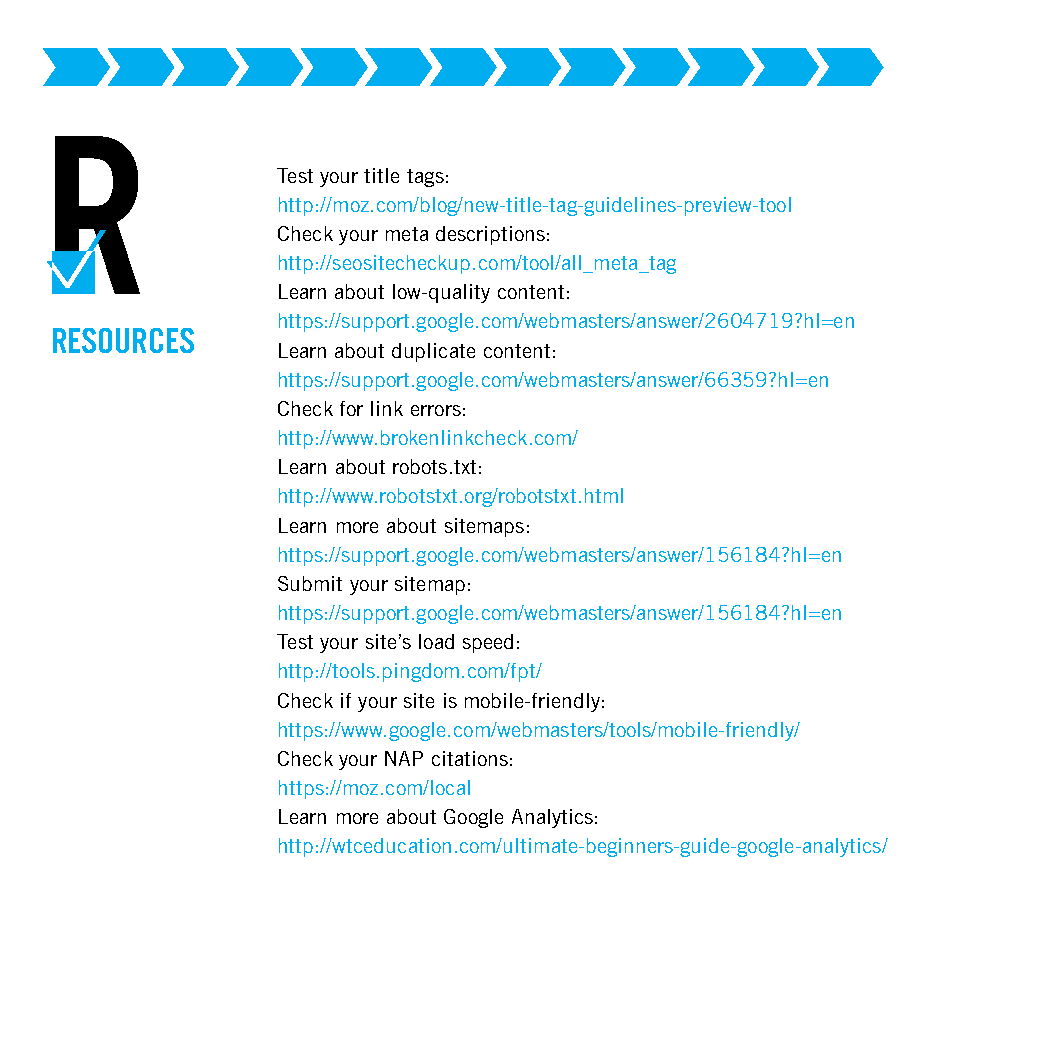
R
 Test your title tags:
 http://moz.com/blog/new-title-tag-guidelines-preview-tool
 Check your meta descriptions:
 http://seositecheckup.com/tool/all_meta_tag
 Learn about low-quality content:
 https://support.google.com/webmasters/answer/2604719?hl=en
 RESOURCES
 Learn about duplicate content:
 https://support.google.com/webmasters/answer/66359?hl=en
 Check for link errors:
 http://www.brokenlinkcheck.com/
 Learn about robots.txt:
 http://www.robotstxt.org/robotstxt.html
 Learn more about sitemaps:
 https://support.google.com/webmasters/answer/156184?hl=en
 Submit your sitemap:
 https://support.google.com/webmasters/answer/156184?hl=en
 Test your site’s load speed:
 http://tools.pingdom.com/fpt/
 Check if your site is mobile-friendly:
 https://www.google.com/webmasters/tools/mobile-friendly/
 Check your NAP citations:
 https://moz.com/local
 Learn more about Google Analytics:
 http://wtceducation.com/ultimate-beginners-guide-google-analytics/